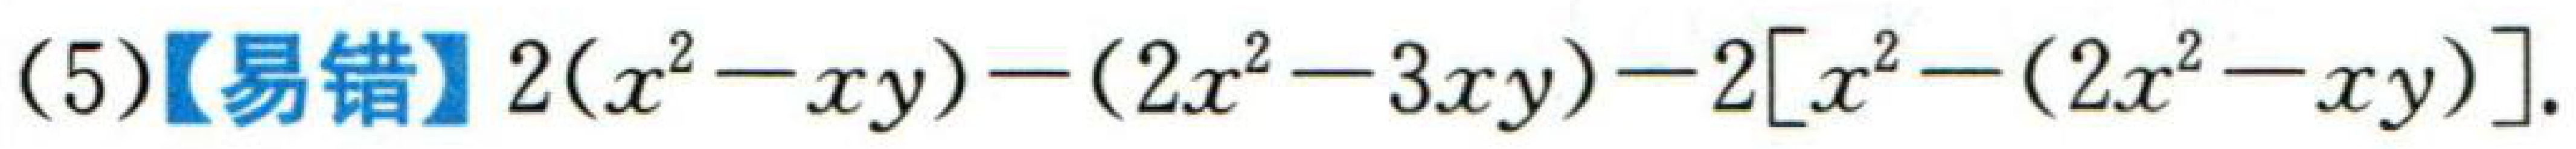
(5)【易错】$2(x^{2}-xy)-(2x^{2}-3xy)-2[x^{2}-(2x^{2}-xy)]$.